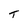
Character: T